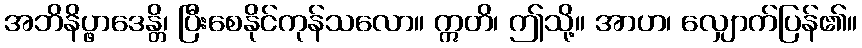
အဘိနိပ္ဖာဒေန္တိ၊ ပြီးစေနိုင်ကုန်သလော။ ဣတိ၊ ဤသို့။ အာဟ၊ လျှောက်ပြန်၏။